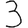
Digit: 3